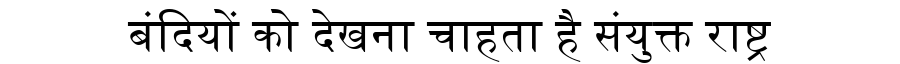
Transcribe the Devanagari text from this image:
बंदियों को देखना चाहता है संयुक्त राष्ट्र